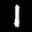
Label: 1